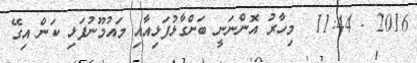
2016 - 11:44  މިހާރު އޮންނަނީ ބަންގާޅުފަޅިއާއި މައުމޫނުފަޅި ކަން އިގޭ